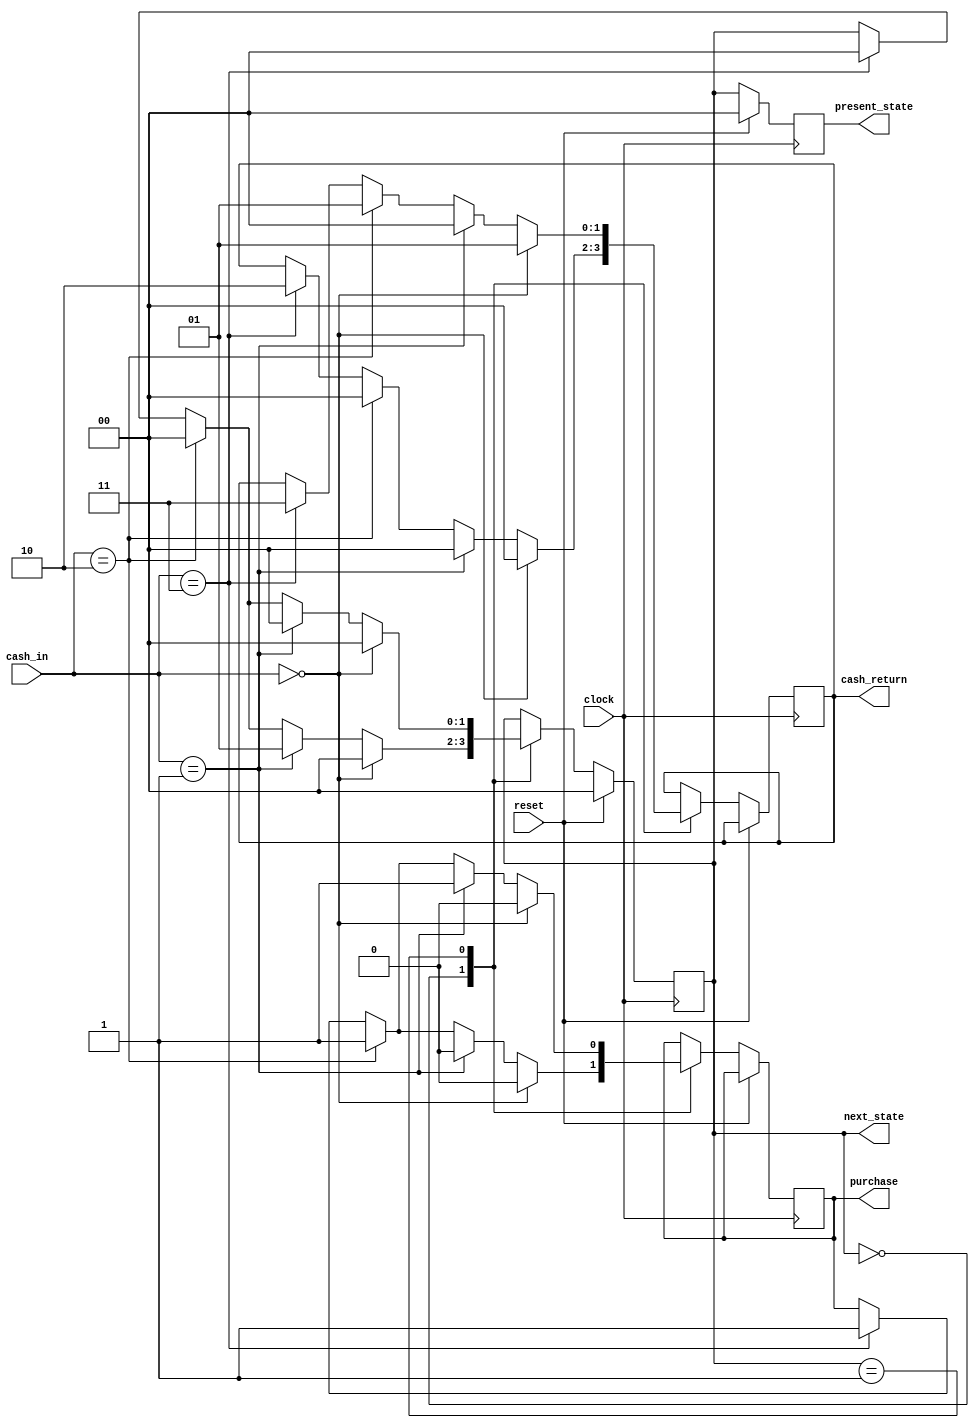
module vendingMachine(clock, reset, cash_in, purchase, present_state, next_state, cash_return);
	input clock, reset;
	input [1:0] cash_in; //01 = 5Tk, 10 = 10Tk, 11 = 20Tk
	output reg purchase;
	output reg [1:0] cash_return, present_state, next_state;
	parameter state0 = 2'b00,//Final State and also 0TK State.
			  state1 = 2'b01, //5TK State
		      n = 10; //The amount for which a product can be purchased, in this case 10TK
	
	always@(posedge clock)
	begin
		if(n == 10)
		begin
			if(reset == 1)
			begin
				present_state = 0;
				next_state = 0;
			end
			else
			begin
				present_state = next_state;
				case(present_state)
				state0: if(cash_in == 2'b00)
							begin
								next_state = state0;
								purchase = 0;
								cash_return = 0;
							end
						else if(cash_in == 2'b01)
							begin
								next_state = state1;
								purchase = 0;
								cash_return = 0;
							end
						else if(cash_in == 2'b10)
							begin
								next_state = state0;
								purchase = 1;
								cash_return = 0;
							end	
						else if(cash_in == 2'b11)
							begin
								next_state = state0;
								purchase = 1;
								cash_return = 2'b10;
							end		
				
				state1: if(cash_in == 2'b00)
							begin
								next_state = state0;
								purchase = 0;
								cash_return = 2'b01;
							end
						else if(cash_in == 2'b01)
							begin
								next_state = state0;
								purchase = 1;
								cash_return = 0;
							end
						else if(cash_in == 2'b10)
							begin
								next_state = state0;
								purchase = 1;
								cash_return = 2'b01;
							end	
						else if(cash_in == 2'b11)
							begin
								next_state = state0;
								purchase = 1;
								cash_return = 2'b11;
							end		
				endcase
			end
		end
	end	
endmodule